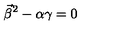
\vec { \beta } ^ { 2 } - \alpha \gamma = 0